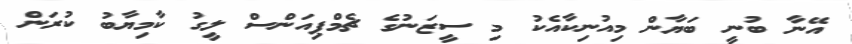
އޭނާ ބުނީ ބަޔާން މިއުނިކާއެކު މި ސީޒަނުގެ ޗެމްޕިއަންސް ލީގު ކާމިޔާބު ކުރަން